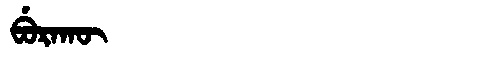
Manchu: ᠪᡠᡵᠠᡴᡡ
Romanization: BURAKŪ